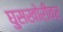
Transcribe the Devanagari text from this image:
घुसखोरीवर